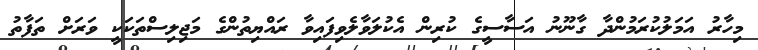
މިހާރު އަމަލުކުރަމުންދާ ގާނޫނު އަސާސީގެ ކުރިން އެކުލަވާލެވިފައިވާ ރައްޔިތުންގެ މަޖިލިސްތަކަކީ ވަރަށް ތަފާތު